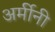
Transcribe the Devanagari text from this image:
अर्मीनी